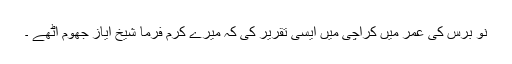
نو برس کی عمر میں کراچی میں ایسی تقریر کی کہ میرے کرم فرما شیخ ایاز جھوم اُٹھے ۔